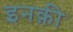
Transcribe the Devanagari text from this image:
इनक़ी